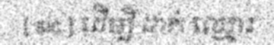
[ sic ] ដើម្បី ដាក់ ឈ្មោះ